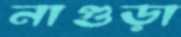
নাগুড়া